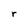
Character: r